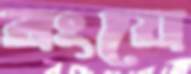
রংয়ে